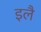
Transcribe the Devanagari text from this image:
इलै